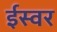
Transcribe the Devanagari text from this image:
ईस्वर